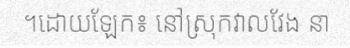
។ដោយឡែក៖ នៅស្រុកវាលវែង នា